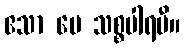
ဧသာ မေ သစ္စပါရမီ။